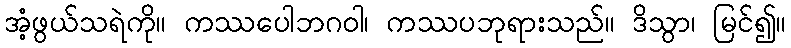
အံ့ဖွယ်သရဲကို။ ကဿပေါဘဂဝါ၊ ကဿပဘုရားသည်။ ဒိသွာ၊ မြင်၍။